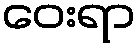
ဝေးရာ